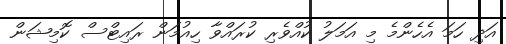
އަދި ހަމަ އެހެންމެ މި އަމަލު ކުއްވެރި ކުރައްވާ ހިއުމަން ރައިޓްސް ކޮމިޝަން